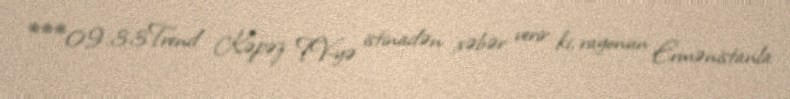
***09.33Trend Kəpəz TV-yə istinadən xəbər verir ki, rayonun Ermənistanla